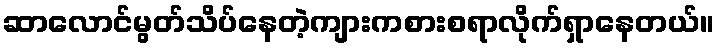
ဆာလောင်မွတ်သိပ်နေတဲ့ကျားကစားစရာလိုက်ရှာနေတယ်။